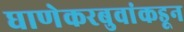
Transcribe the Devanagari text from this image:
घाणेकरबुवांकडून